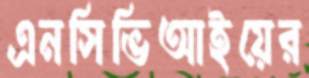
এনসিভিআইয়ের